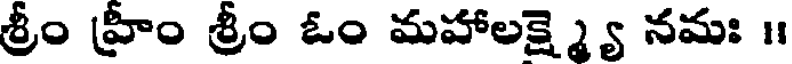
శ్రీం హ్రీం శ్రీం ఓం మహాలక్ష్మ్యై నమః ।।